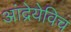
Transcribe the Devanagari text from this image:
आंद्रेयेविच